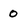
Character: 0